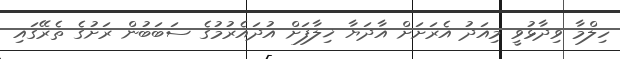
ހިލްމާ ވިދާޅުވީ މިއަދު އެރަށަށް އާދަޔާ ޚިލާފަށް އުދައެރުމުގެ ސަބަބުން ރަށުގެ ތެރޭގައި